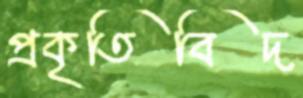
প্রকৃতিবিদ